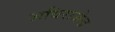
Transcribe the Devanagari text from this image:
अधिराजेन्द्र